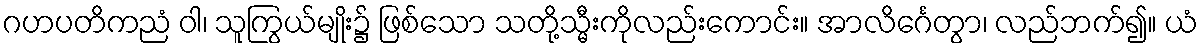
ဂဟပတိကညံ ဝါ၊ သူကြွယ်မျိုး၌ ဖြစ်သော သတို့သ္မီးကိုလည်းကောင်း။ အာလိင်္ဂေတွာ၊ လည်ဘက်၍။ ယံ